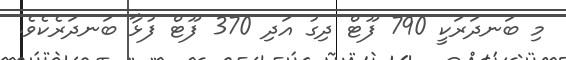
މި ބަނދަރަކީ 790 ފޫޓް ދިގު އަދި 370 ފޫޓް ފުޅާ ބަނދަރެކެވެ.